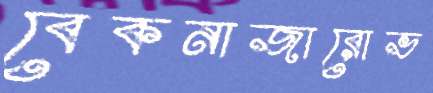
বেকনাজারোভ